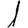
Digit: 1